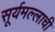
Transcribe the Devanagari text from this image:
सूर्यमल्लाची